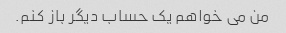
من می خواهم یک حساب دیگر باز کنم.